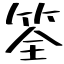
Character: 筌